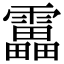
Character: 靁